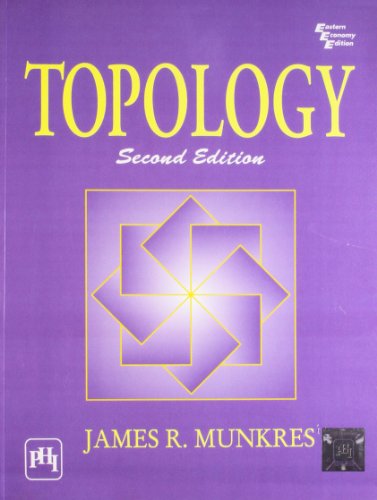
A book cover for Topology (2nd Economy  Edition); James Munkres; Science & Math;